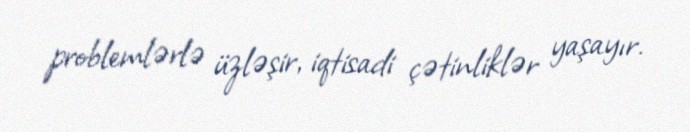
problemlərlə üzləşir, iqtisadi çətinliklər yaşayır.